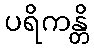
ပရိကန္တိ